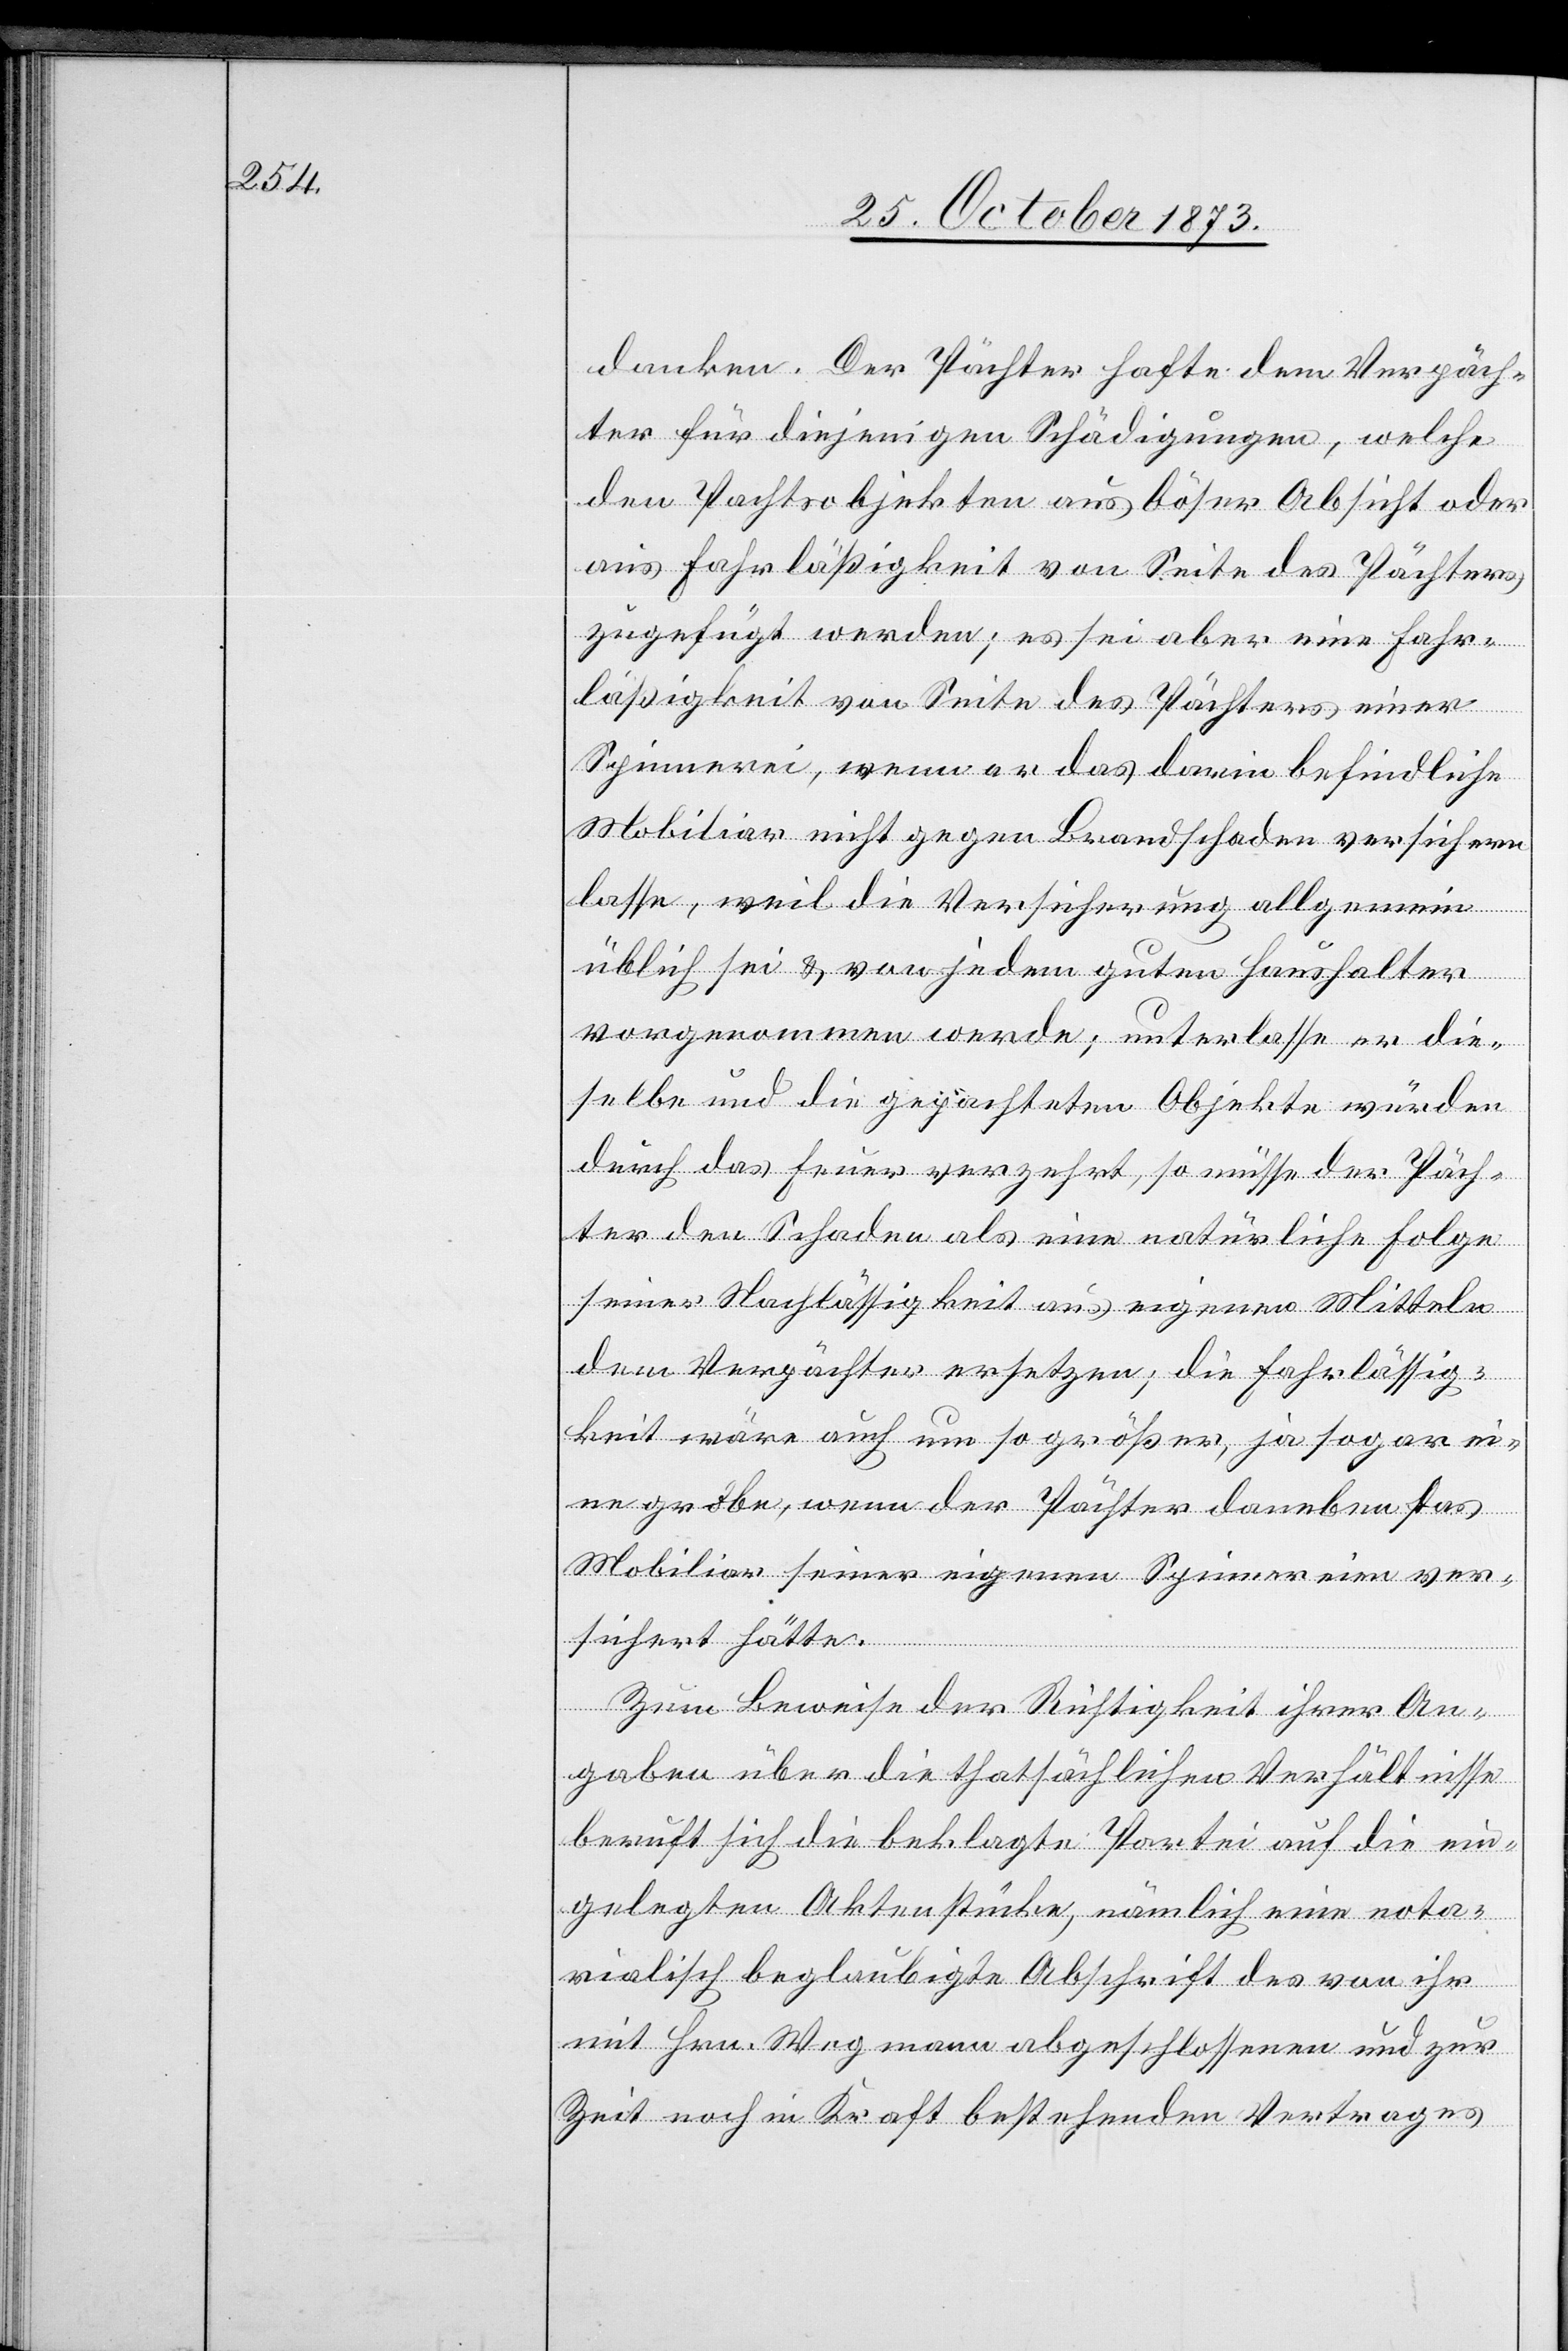
danken. Der Pächter hafte dem Verpäch¬
ter für diejenigen Schädigungen, welche
den Pachtsobjekten aus böser Absicht oder
aus Fahrläßigkeit von Seite des Pächters
zugefügt werden; es sei aber eine Fahr¬
läßigkeit von Seite des Pächters einer
Spinnerei, wenn er das darin befindliche
Mobiliar nicht gegen Brandschaden versichern
lasse, weil die Versicherung allgemein
üblich sei & von jedem guten Haushalter
vorgenommen werde; unterlasse er die¬
selbe und die gepachteten Objekte würden
durch das Feuer verzehrt, so müsse der Päch¬
ter den Schaden als eine natürliche Folge
seiner Nachlässigkeit aus eigenen Mitteln
dem Verpächter ersetzen; die Fahrlässig¬
keit wäre auch um so größer, ja sogar ei¬
ne grobe, wenn der Pächter daneben das
Mobiliar seiner eigenen Spinnereien ver¬
sichert hätte.
Zum Beweise der Richtigkeit ihrer An¬
gaben über die thatsächlichen Verhältnisse
beruft sich die beklagte Partei auf die ein¬
gelegten Aktenstücke, nämlich eine nota¬
rialisch beglaubigte Abschrift des von ihr
mit Hrn. Wegmann abgeschlossenen und zur
Zeit noch in Kraft bestehenden Vertrages